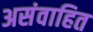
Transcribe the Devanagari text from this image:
असंवाहित